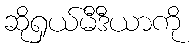
ဆိုရှယ်မီဒီယာကို